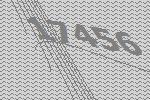
17456